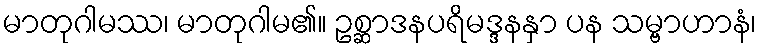
မာတုဂါမဿ၊ မာတုဂါမ၏။ ဥစ္ဆာဒနပရိမဒ္ဒနနှာ ပန သမ္ဗာဟာနံ၊